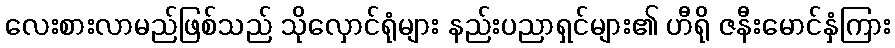
လေးစားလာမည်ဖြစ်သည် သိုလှောင်ရုံများ နည်းပညာရှင်များ၏ ဟီရို ဇနီးမောင်နှံကြား